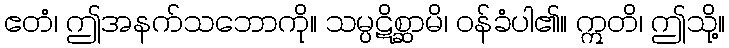
ဧတံ၊ ဤအနက်သဘောကို။ သမ္ပဋိစ္ဆာမိ၊ ဝန်ခံပါ၏။ ဣတိ၊ ဤသို့။